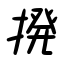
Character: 撥